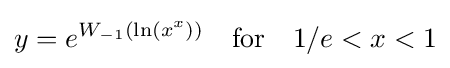
y=e^{W_{-1}(\ln(x^{x}))}\quad \mathrm {for} \quad 1/e<x<1